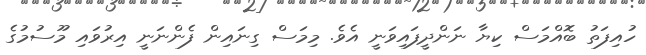
ހުއިފަތު ބޮއްމަސް ކިޔާ ނަންދީފައިވަނީ އެވެ. މިމަސް ގިނައިން ފެންނަނީ އިރުވައި މޫސުމުގެ